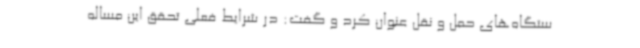
ستگاه‌های حمل و نقل عنوان کرد و گفت: در شرایط فعلی تحقق این مساله